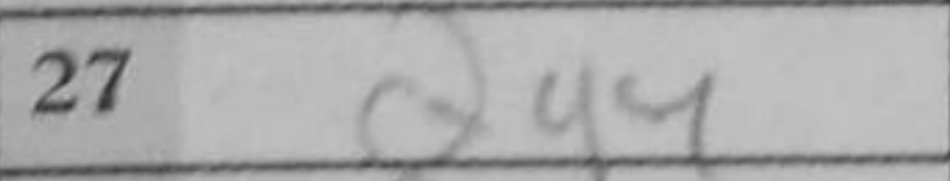
Transcription: Qa4